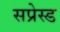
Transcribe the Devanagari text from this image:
सप्रेस्ड